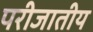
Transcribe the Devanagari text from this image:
परीजातीय